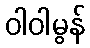
ဝါဝါမွန်